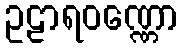
ဥဠာရဝဏ္ဏော